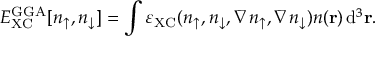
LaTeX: E _ { \mathrm { X C } } ^ { \mathrm { G G A } } [ n _ { \uparrow } , n _ { \downarrow } ] = \int \varepsilon _ { \mathrm { X C } } ( n _ { \uparrow } , n _ { \downarrow } , \nabla n _ { \uparrow } , \nabla n _ { \downarrow } ) n ( \mathbf { r } ) \, \mathrm { d } ^ { 3 } \mathbf { r } .